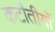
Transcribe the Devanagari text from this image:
कटौतीयों